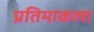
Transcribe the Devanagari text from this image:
प्रतिमाकला